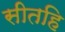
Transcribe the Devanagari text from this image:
सीतहि